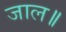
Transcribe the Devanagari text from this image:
जाल॥